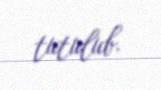
tutulub.